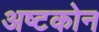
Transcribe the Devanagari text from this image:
अष्टकोन